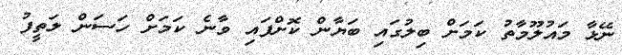
ނޭޅާ މައުލޫމާތު ކަމަށް ބިލުގައި ބަޔާން ކޮށްފައި ވާނެ ކަމަށް ހަސަން ލަތީފު